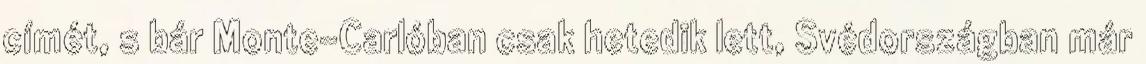
címét, s bár Monte-Carlóban csak hetedik lett, Svédországban már